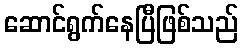
ဆောင်ရွက်နေပြီဖြစ်သည်